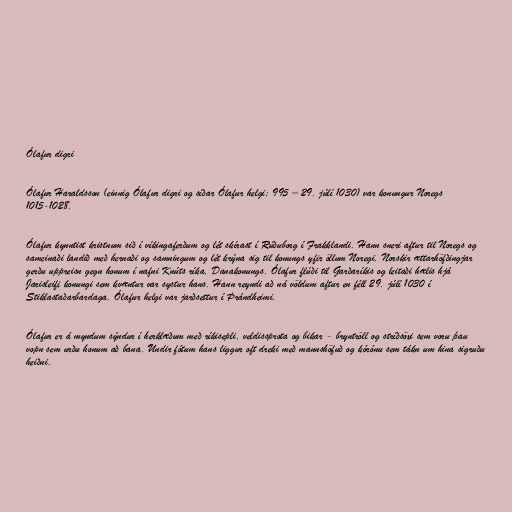
Ólafur digri

Ólafur Haraldsson (einnig Ólafur digri og síðar Ólafur helgi; 995 – 29. júlí 1030) var konungur Noregs
1015-1028.

Ólafur kynntist kristnum sið í víkingaferðum og lét skírast í Rúðuborg í Frakklandi. Hann sneri aftur til Noregs og
sameinaði landið með hernaði og samningum og lét krýna sig til konungs yfir öllum Noregi. Norskir ættarhöfðingjar
gerðu uppreisn gegn honum í nafni Knúts ríka, Danakonungs. Ólafur flúði til Garðaríkis og leitaði hælis hjá
Jarisleifi konungi sem kvæntur var systur hans. Hann reyndi að ná völdum aftur en féll 29. júlí 1030 í
Stiklastaðarbardaga. Ólafur helgi var jarðsettur í Þrándheimi.

Ólafur er á myndum sýndur í herklæðum með ríkisepli, veldissprota og bikar - bryntröll og stríðsöxi sem voru þau
vopn sem urðu honum að bana. Undir fótum hans liggur oft dreki með mannshöfuð og kórónu sem tákn um hina sigruðu
heiðni.